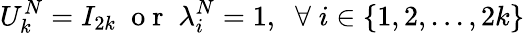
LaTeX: U_{k}^{N}=I_{2k}\; \mathrm{~o~r~}\; \lambda_{i}^{N}=1,\; \; \forall\; i\in\{ 1,2,...,2k\}